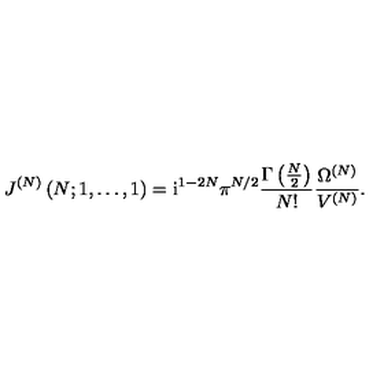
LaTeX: J ^ { ( N ) } \left( N ; 1 , \ldots , 1 \right) = \mathrm { i } ^ { 1 - 2 N } \pi ^ { N / 2 } \frac { \Gamma \left( { \textstyle { \frac { N } { 2 } } } \right) } { N ! } \frac { \Omega ^ { ( N ) } } { V ^ { ( N ) } } .